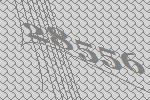
28556